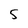
Character: 5